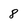
Character: 8